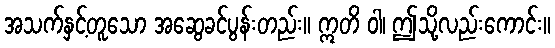
အသက်နှင့်တူသော အဆွေခင်ပွန်းတည်း။ ဣတိ ဝါ၊ ဤသို့လည်းကောင်း။